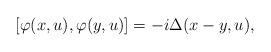
LaTeX: \begin{align*}\left[\varphi(x, u), \varphi(y, u)\right] = - i \Delta(x - y, u),\end{align*}